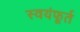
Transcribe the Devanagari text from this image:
स्वयंफूर्त